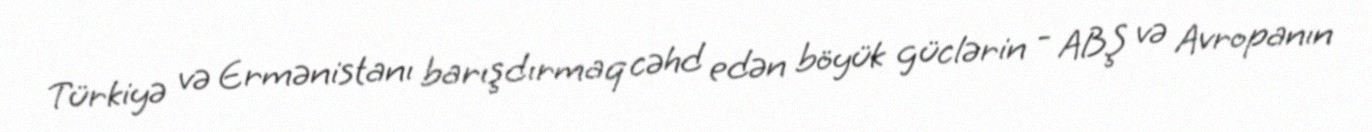
Türkiyə və Ermənistanı barışdırmaq cəhd edən böyük güclərin - ABŞ və Avropanın